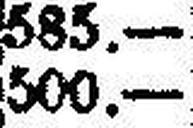
500.—